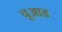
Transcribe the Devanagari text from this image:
चूआड